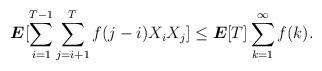
LaTeX: \begin{align*}\boldsymbol{E}[\sum_{i=1}^{T-1} \sum_{j=i+1}^T f(j-i) X_i X_j] \leq \boldsymbol{E}[T] \sum_{k=1}^\infty f(k).\end{align*}